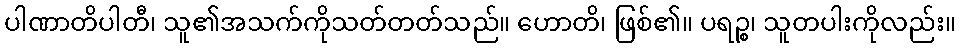
ပါဏာတိပါတီ၊ သူ၏အသက်ကိုသတ်တတ်သည်။ ဟောတိ၊ ဖြစ်၏။ ပရဉ္စ၊ သူတပါးကိုလည်း။